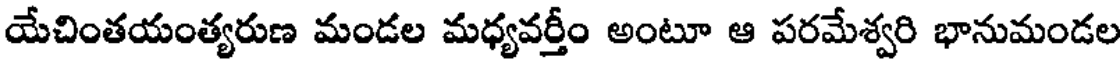
యేచింతయంత్యరుణ మండల మధ్యవర్తీం అంటూ ఆ పరమేశ్వరి భానుమండల